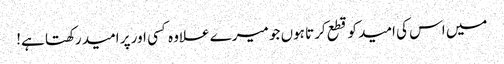
میں اس کی امید کو قطع کرتا ہوں جو میرے علاوہ کسی اور پر امید رکھتا ہے!